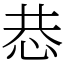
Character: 𢙄